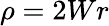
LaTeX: \rho=2Wr